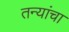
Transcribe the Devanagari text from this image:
तन्यांचा